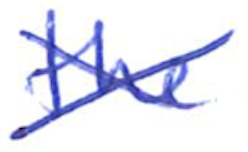
Text: the
Cross-out: mix
Writing tool: ballpoint